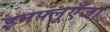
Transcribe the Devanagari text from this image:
इनफ्लूएँजा